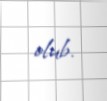
olub.